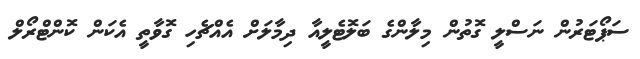
ސަޕޯޓަރުން ނަސްލީ ގޮތުން މިލާންގެ ބަލޮޓެލީއާ ދިމާލަށް އެއްޗެހި ގޮވާތީ އެކަން ކޮންޓްރޯލް